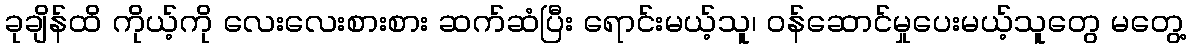
ခုချိန်ထိ ကိုယ့်ကို လေးလေးစားစား ဆက်ဆံပြီး ရောင်းမယ့်သူ၊ ဝန်ဆောင်မှုပေးမယ့်သူတွေ မတွေ့